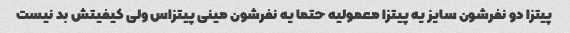
پیتزا دو نفرشون سایز یه پیتزا معمولیه حتما یه نفرشون مینی پیتزاس ولی کیفیتش بد نیست